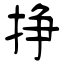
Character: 挣